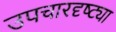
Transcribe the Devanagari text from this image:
उपचारदृष्ट्या